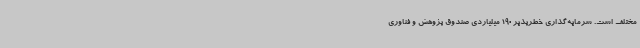
مختلف است. سرمایه‌گذاری خطرپذیر 190 میلیاردی صندوق پژوهش و فناوری